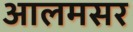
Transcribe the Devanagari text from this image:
आलमसर